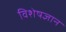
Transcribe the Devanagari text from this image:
विशेषज्ञान